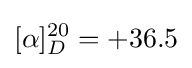
[\alpha ]_{D}^{20}=+36.5